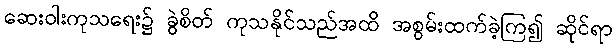
ဆေးဝါးကုသရေး၌ ခွဲစိတ် ကုသနိုင်သည်အထိ အစွမ်းထက်ခဲ့ကြ၍ ဆိုင်ရာ